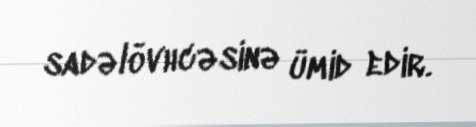
sadəlövhcəsinə ümid edir.